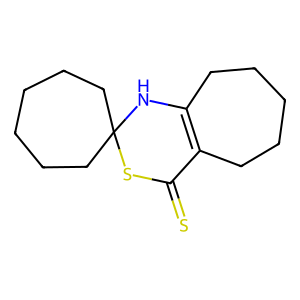
SMILES: S=C1SC2(CCCCCC2)NC2=C1CCCCC2
Inhibits HIV replication: No